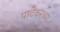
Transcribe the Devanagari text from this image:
पाटेकरच्या